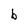
Character: b